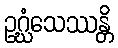
ဥဂ္ဃံသေဿန္တိ